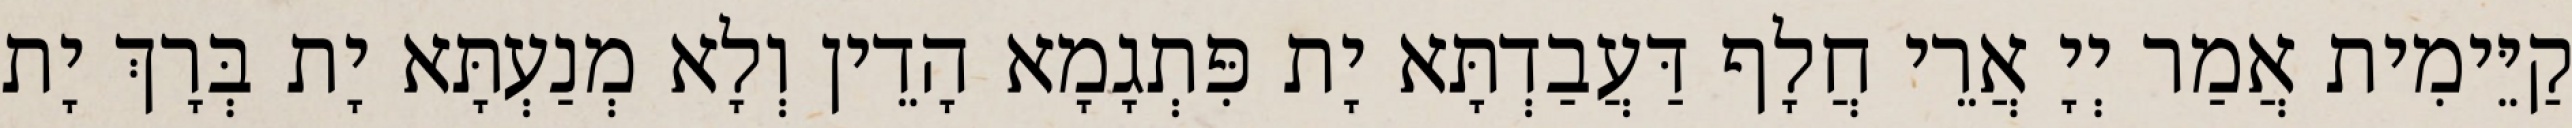
קַיֵּימִית אֲמַר יְיָ אֲרֵי חֲלָף דַּעֲבַדְתָּא יָת פִּתְגָמָא הָדֵין וְלָא מְנַעְתָּא יָת בְּרָךְ יָת